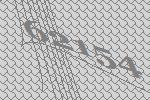
62154